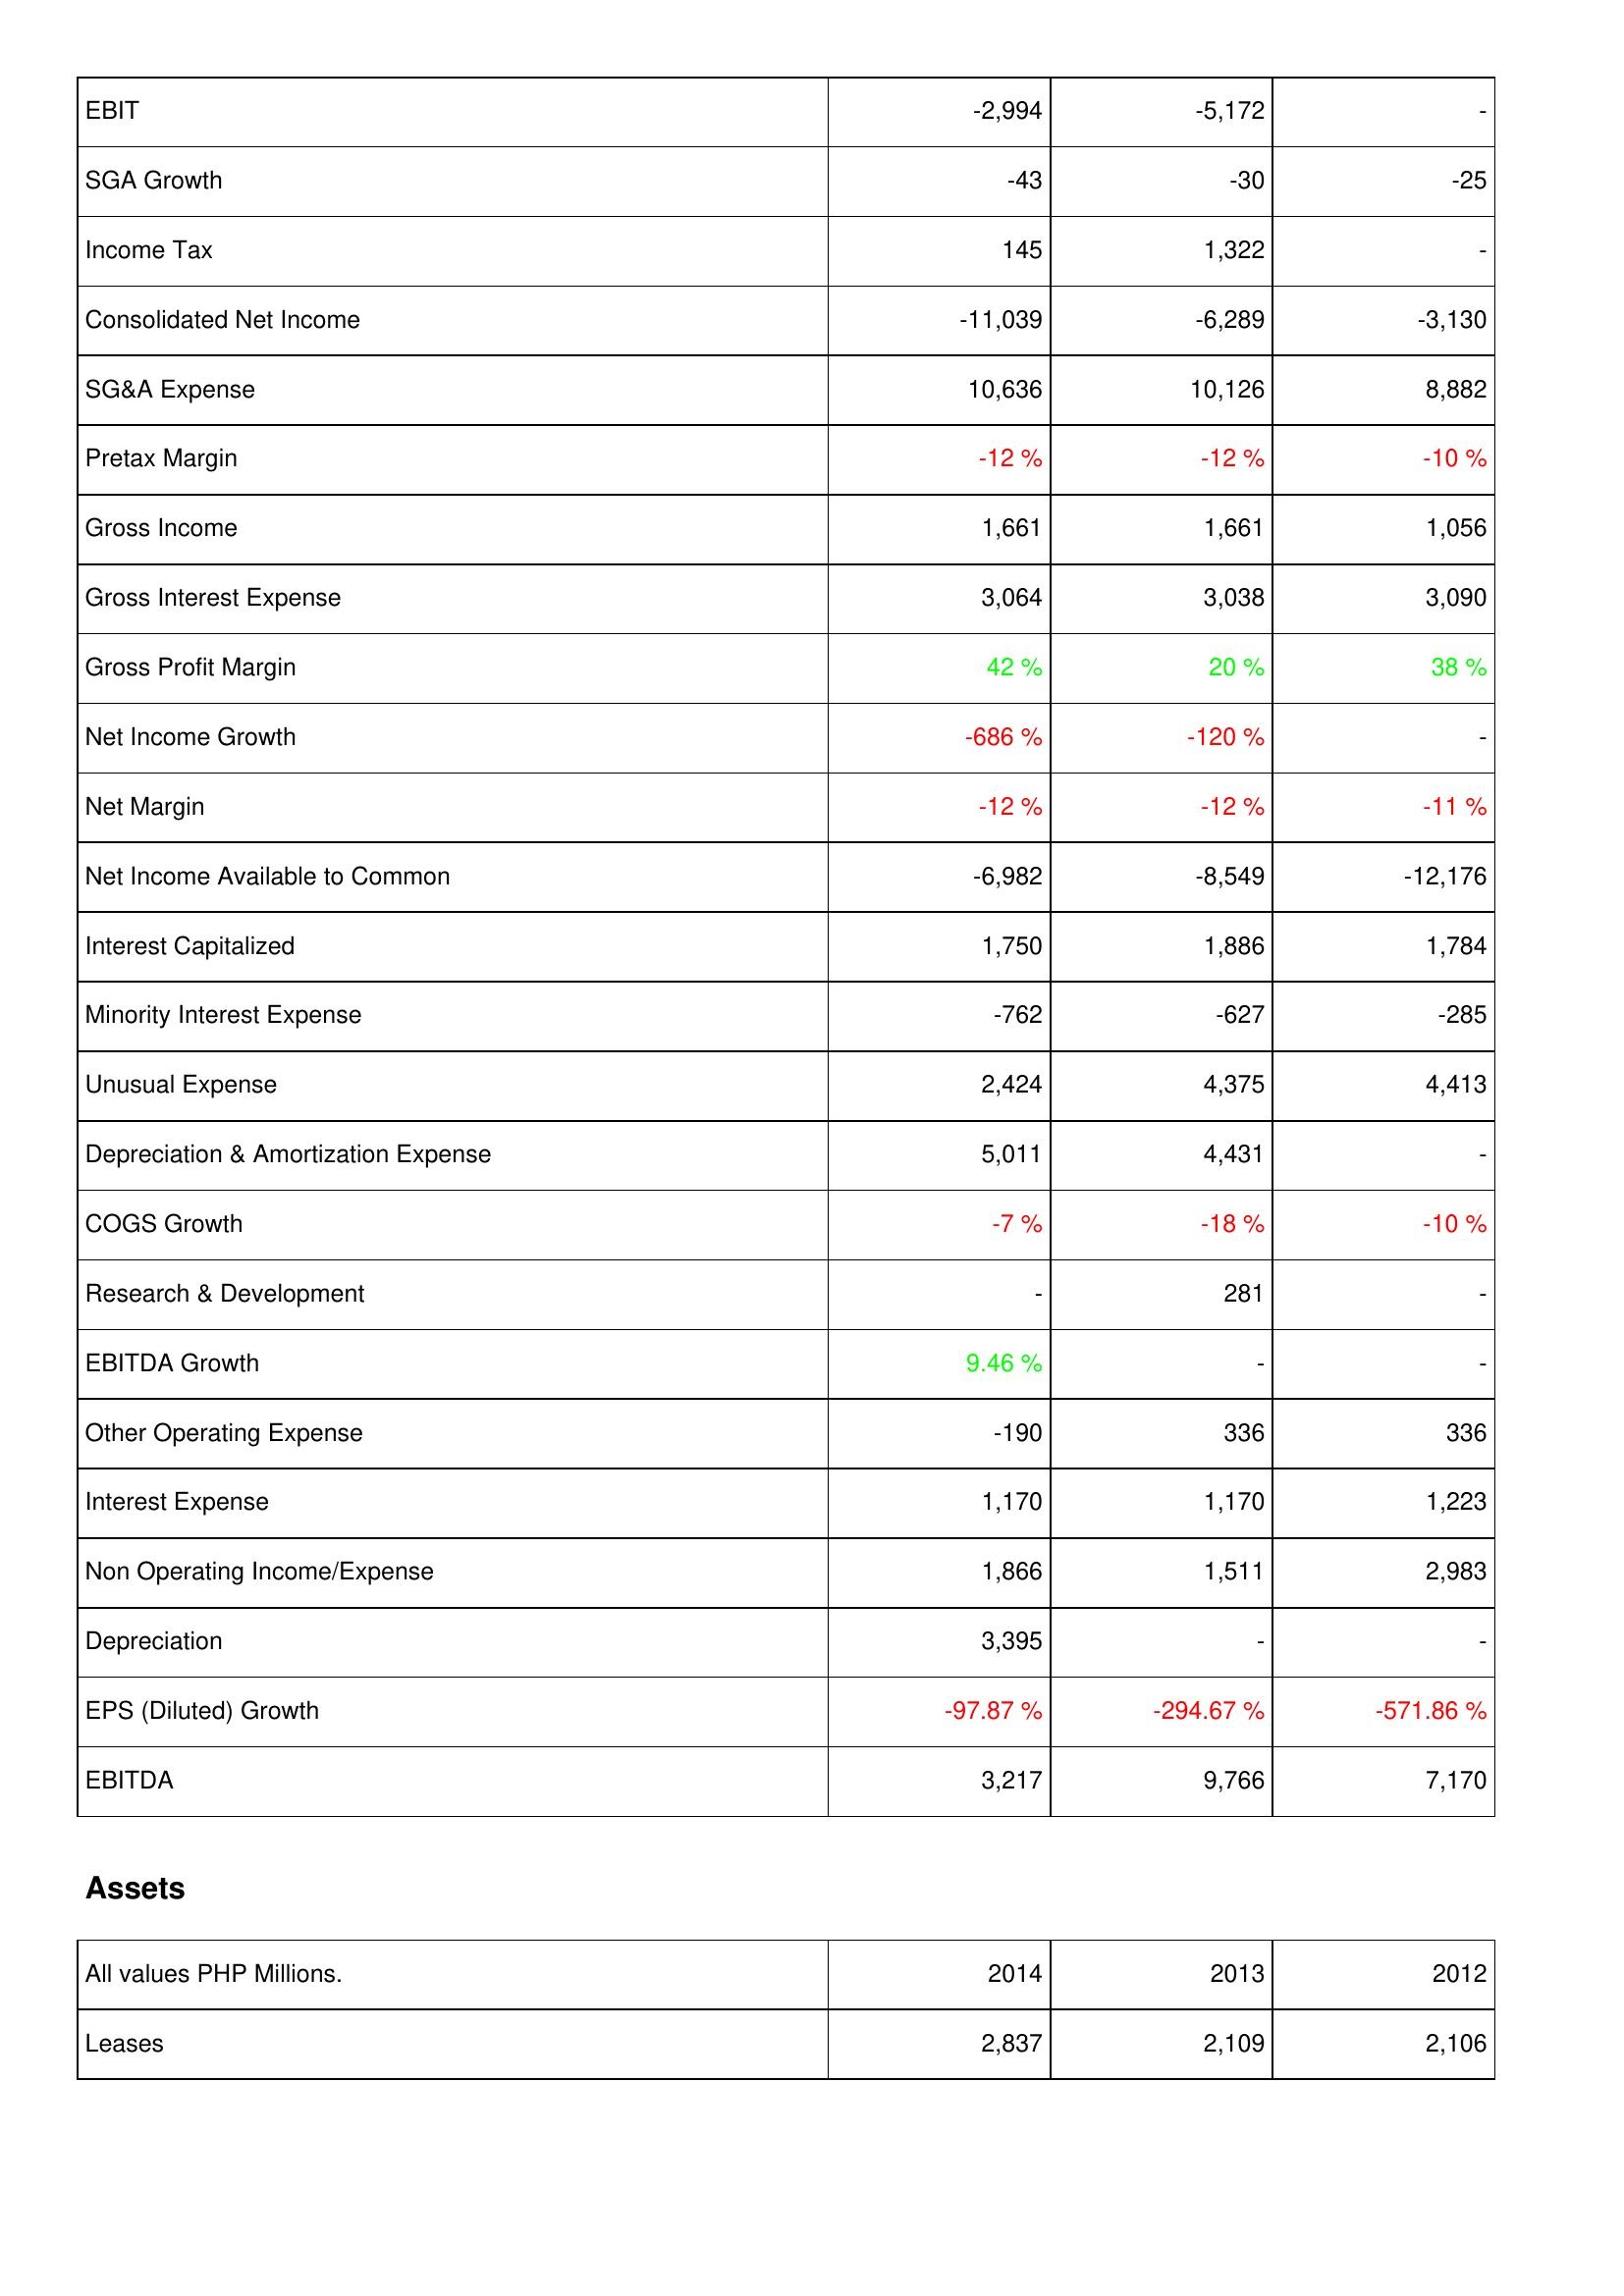
2014: Income Statement: EBIT: -2,994
SGA Growth: -43
Income Tax: 145
Consolidated Net Income: -11,039
SG&A Expense: 10,636
Pretax Margin: -12 %
Gross Income: 1,661
Gross Interest Expense: 3,064
Gross Profit Margin: 42 %
Net Income Growth: -686 %
Net Margin: -12 %
Net Income Available to Common: -6,982
Interest Capitalized: 1,750
Minority Interest Expense: -762
Unusual Expense: 2,424
Depreciation & Amortization Expense: 5,011
COGS Growth: -7 %
Research & Development: -
EBITDA Growth: 9.46 %
Other Operating Expense: -190
Interest Expense: 1,170
Non Operating Income/Expense: 1,866
Depreciation: 3,395
EPS (Diluted) Growth: -97.87 %
EBITDA: 3,217
Assets: Leases: 2,837
2013: Income Statement: EBIT: -5,172
SGA Growth: -30
Income Tax: 1,322
Consolidated Net Income: -6,289
SG&A Expense: 10,126
Pretax Margin: -12 %
Gross Income: 1,661
Gross Interest Expense: 3,038
Gross Profit Margin: 20 %
Net Income Growth: -120 %
Net Margin: -12 %
Net Income Available to Common: -8,549
Interest Capitalized: 1,886
Minority Interest Expense: -627
Unusual Expense: 4,375
Depreciation & Amortization Expense: 4,431
COGS Growth: -18 %
Research & Development: 281
EBITDA Growth: -
Other Operating Expense: 336
Interest Expense: 1,170
Non Operating Income/Expense: 1,511
Depreciation: -
EPS (Diluted) Growth: -294.67 %
EBITDA: 9,766
Assets: Leases: 2,109
2012: Income Statement: EBIT: -
SGA Growth: -25
Income Tax: -
Consolidated Net Income: -3,130
SG&A Expense: 8,882
Pretax Margin: -10 %
Gross Income: 1,056
Gross Interest Expense: 3,090
Gross Profit Margin: 38 %
Net Income Growth: -
Net Margin: -11 %
Net Income Available to Common: -12,176
Interest Capitalized: 1,784
Minority Interest Expense: -285
Unusual Expense: 4,413
Depreciation & Amortization Expense: -
COGS Growth: -10 %
Research & Development: -
EBITDA Growth: -
Other Operating Expense: 336
Interest Expense: 1,223
Non Operating Income/Expense: 2,983
Depreciation: -
EPS (Diluted) Growth: -571.86 %
EBITDA: 7,170
Assets: Leases: 2,106